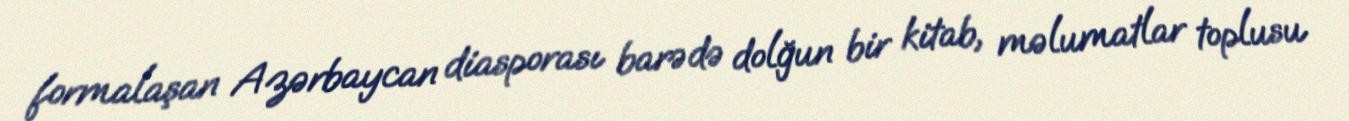
formalaşan Azərbaycan diasporası barədə dolğun bir kitab, məlumatlar toplusu